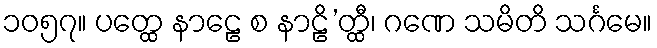
၁၀၅၇။ ပတ္ထေ နာဠေ စ နာဠိ’တ္ထီ၊ ဂဏေ သမိတိ သင်္ဂမေ။